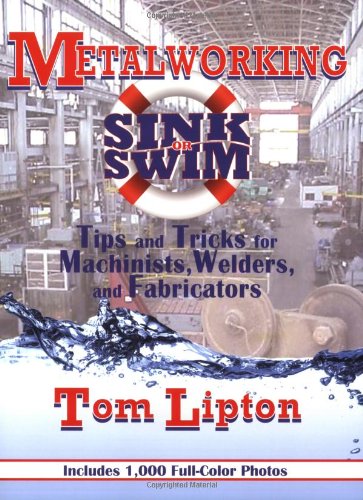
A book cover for Metalworking Sink or Swim: Tips and Tricks for Machinists, Welders and Fabricators; Tom Lipton; Engineering & Transportation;